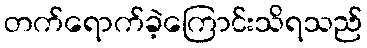
တက်ရောက်ခဲ့ကြောင်းသိရသည်